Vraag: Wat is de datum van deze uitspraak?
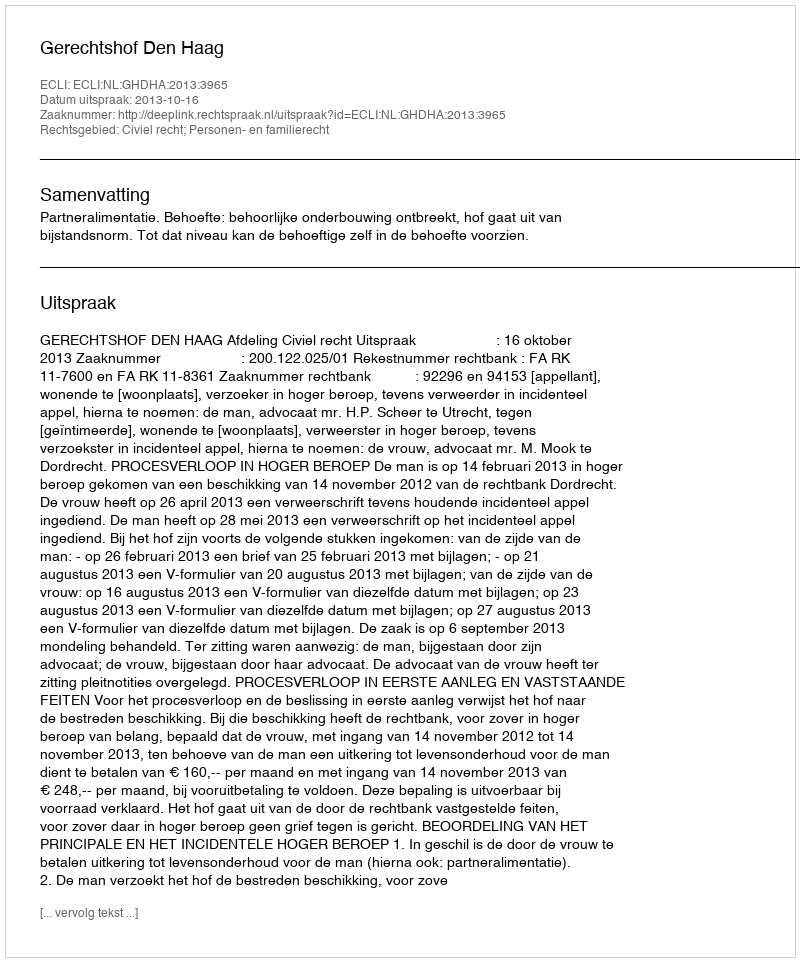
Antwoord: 2013-10-16